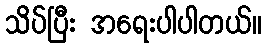
သိပ်ပြီး အရေးပါပါတယ်။